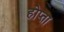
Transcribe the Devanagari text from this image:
होप्ता